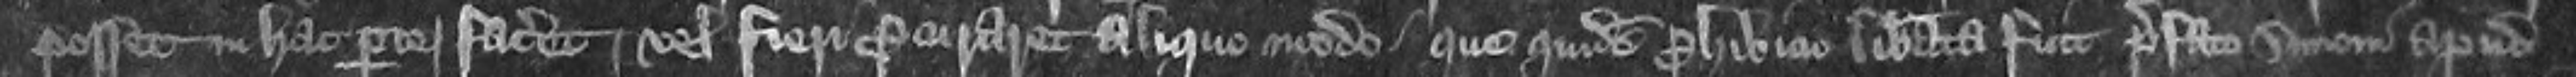
posset in hac parte faceret vel fieri procuraret aliquot modo que quidem prohibicio liberata fuit prefato Simonem apud